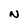
Character: N